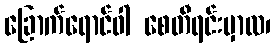
ခြောက်ရောင်ဝါ စေတီရင်းမှာလ၊